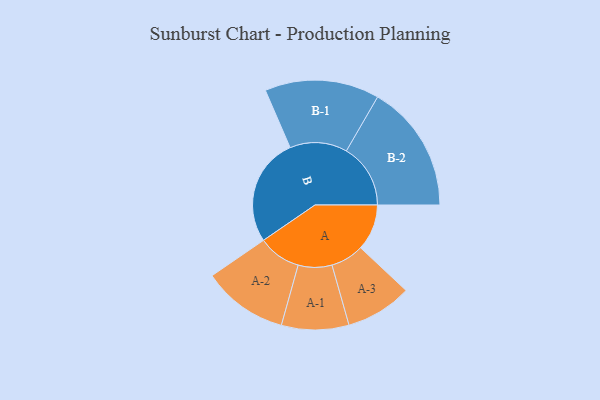
{"axis": {"x": "Segment", "y": "Value"}, "legend": ["", "A", "B"], "data": [{"x": "A", "y": 188, "type": ""}, {"x": "B", "y": 440, "type": ""}, {"x": "A-1", "y": 137, "type": "A"}, {"x": "A-2", "y": 174, "type": "A"}, {"x": "A-3", "y": 135, "type": "A"}, {"x": "B-1", "y": 233, "type": "B"}, {"x": "B-2", "y": 261, "type": "B"}]}